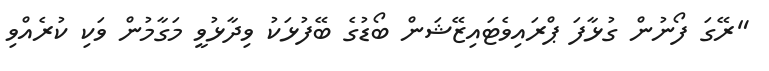
"ރޭގަ ފޯނުން ގުޅާފަ ޕްރައިވެޓައިޒޭޝަން ބޯޑުގެ ބޭފުޅަކު ވިދާޅުވީ މަގާމުން ވަކި ކުރެއްވި